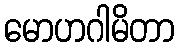
မောဟဂါမိတာ